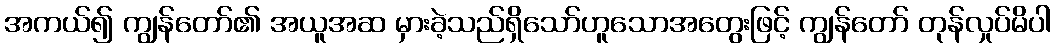
အကယ်၍ ကျွန်တော်၏ အယူအဆ မှားခဲ့သည်ရှိသော်ဟူသောအတွေးဖြင့် ကျွန်တော် တုန်လှုပ်မိပါ